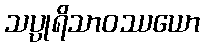
သပ္ပုရိသာဝဿယော